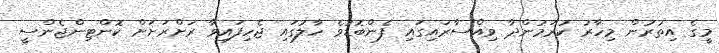
މީގެ އިތުރުން މިހާރު ކުރަމުންދާ ވިއްސާރައިގައި ފެންބޮޑުވެ ހާލުގައި ޖެހިފައިވާ ރަށްރަށަށް ކޮންޓިންޖެންސީ